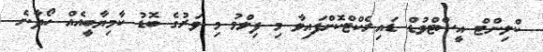
ކްލިންޓް އީސްޓްވުޑް ޑައިރެކްޓްކޮށްފައިވާ މި ފިލްމު މި ވަރުގެ ބޮޑު ކާމިޔާބީއެއް ހޯދާނެ